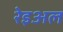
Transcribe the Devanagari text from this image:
रेइअल